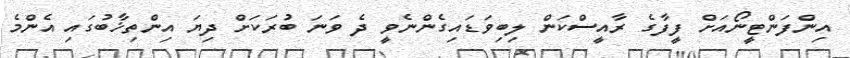
އިންފަންޓީނޯއަށް ފީފާގެ ރާއީސްކަން ލިބިވަޑައިގެންނެވީ ދެ ވަނަ ބުރަކަށް ދިޔަ އިންތިޚާބުގައި އެންމެ